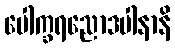
ပေါက္ခရညောဒပါနာနိ